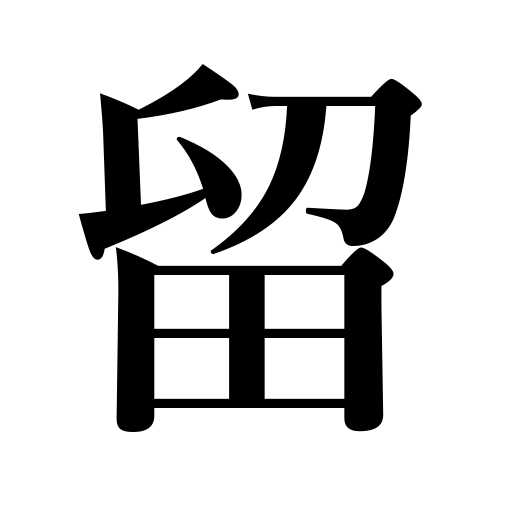
Meanings: alight on,roost,check,stop,stand still,fasten,be interrupted,dissuade,halt,cease,turn off,perch,be discontinued,allay pain,forbid to do,pull up,be choked,be held in position,detain